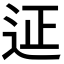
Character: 𨒌